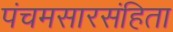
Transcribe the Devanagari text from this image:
पंचमसारसंहिता